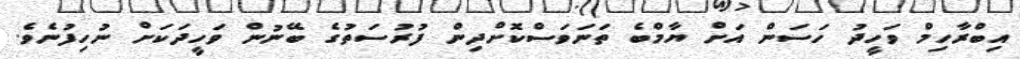
އިބްރާހިމް ވަހީދު ހަސަން އަށް ޔާމްބެ ތަނަވަސްކޮށްދިން ފުރުސަތުގެ ބޭނުން ވަހީދަކަށް ނުހިފުނެވެ.